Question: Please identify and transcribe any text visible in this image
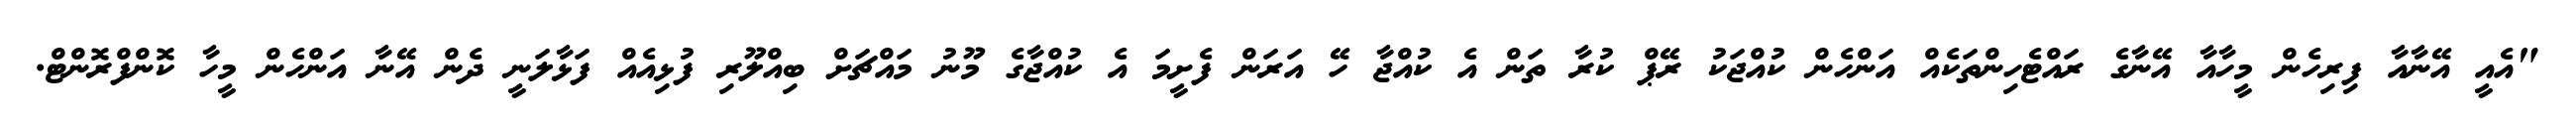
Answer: "އެއީ އޭނާއާ ފިރިހެން މީހާއާ އޭނާގެ ރައްޓެހިންތަކެއް އަންހެން ކުއްޖަކު ރޭޕް ކުރާ ތަން އެ ކުއްޖާ ހޭ އަރަން ފެށީމަ އެ ކުއްޖާގެ މޫނު މައްޗަށް ބިއްލޫރި ފުޅިއެއް ފަޅާލަނީ ދެން އޭނާ އަންހެން މީހާ ކޮންފްރޮންޓް.